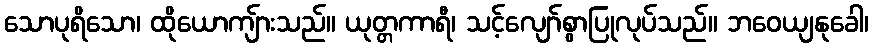
သောပုရိသော၊ ထိုယောကျ်ားသည်။ ယုတ္တကာရီ၊ သင့်လျော်စွာပြုလုပ်သည်။ ဘဝေယျနုခေါ၊